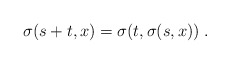
\begin{align*}\sigma (s + t , x) = \sigma (t , \sigma (s, x))\;.\end{align*}